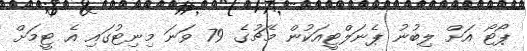
ޕޯޓޯ އަށް ލިބުނު ޕެނަލްޓީއަކުން މެޗުގެ 79 ވަނަ މިނިޓުގައި އެ ޓީމަށް